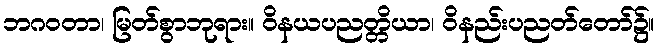
ဘဂဝတာ၊ မြတ်စွာဘုရား။ ဝိနယပညတ္တိယာ၊ ဝိနည်းပညတ်တော်၌။